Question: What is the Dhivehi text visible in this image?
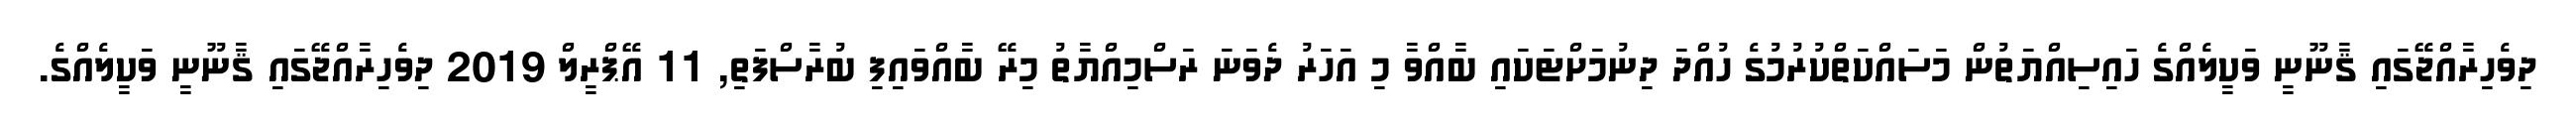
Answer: ދިވެހިރާއްޖޭގައި ޤާނޫނީ ވަކީލެއްގެ ހައިސިއްޔަތުން މަސައްކަތްކުރުމުގެ ހުއްދަ ދިނުމަށްޓަކައި ބާއްވާ މި އަހަރު ދެވަނަ ރަސްމިއްޔާތު މިރޭ ބާއްވައިފި ބުރާސްފަތި, 11 އޭޕްރީލް 2019 ދިވެހިރާއްޖޭގައި ޤާނޫނީ ވަކީލެއްގެ.